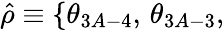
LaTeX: \hat{\rho}\equiv\{ \theta_{3A-4},\, \theta_{3A-3},